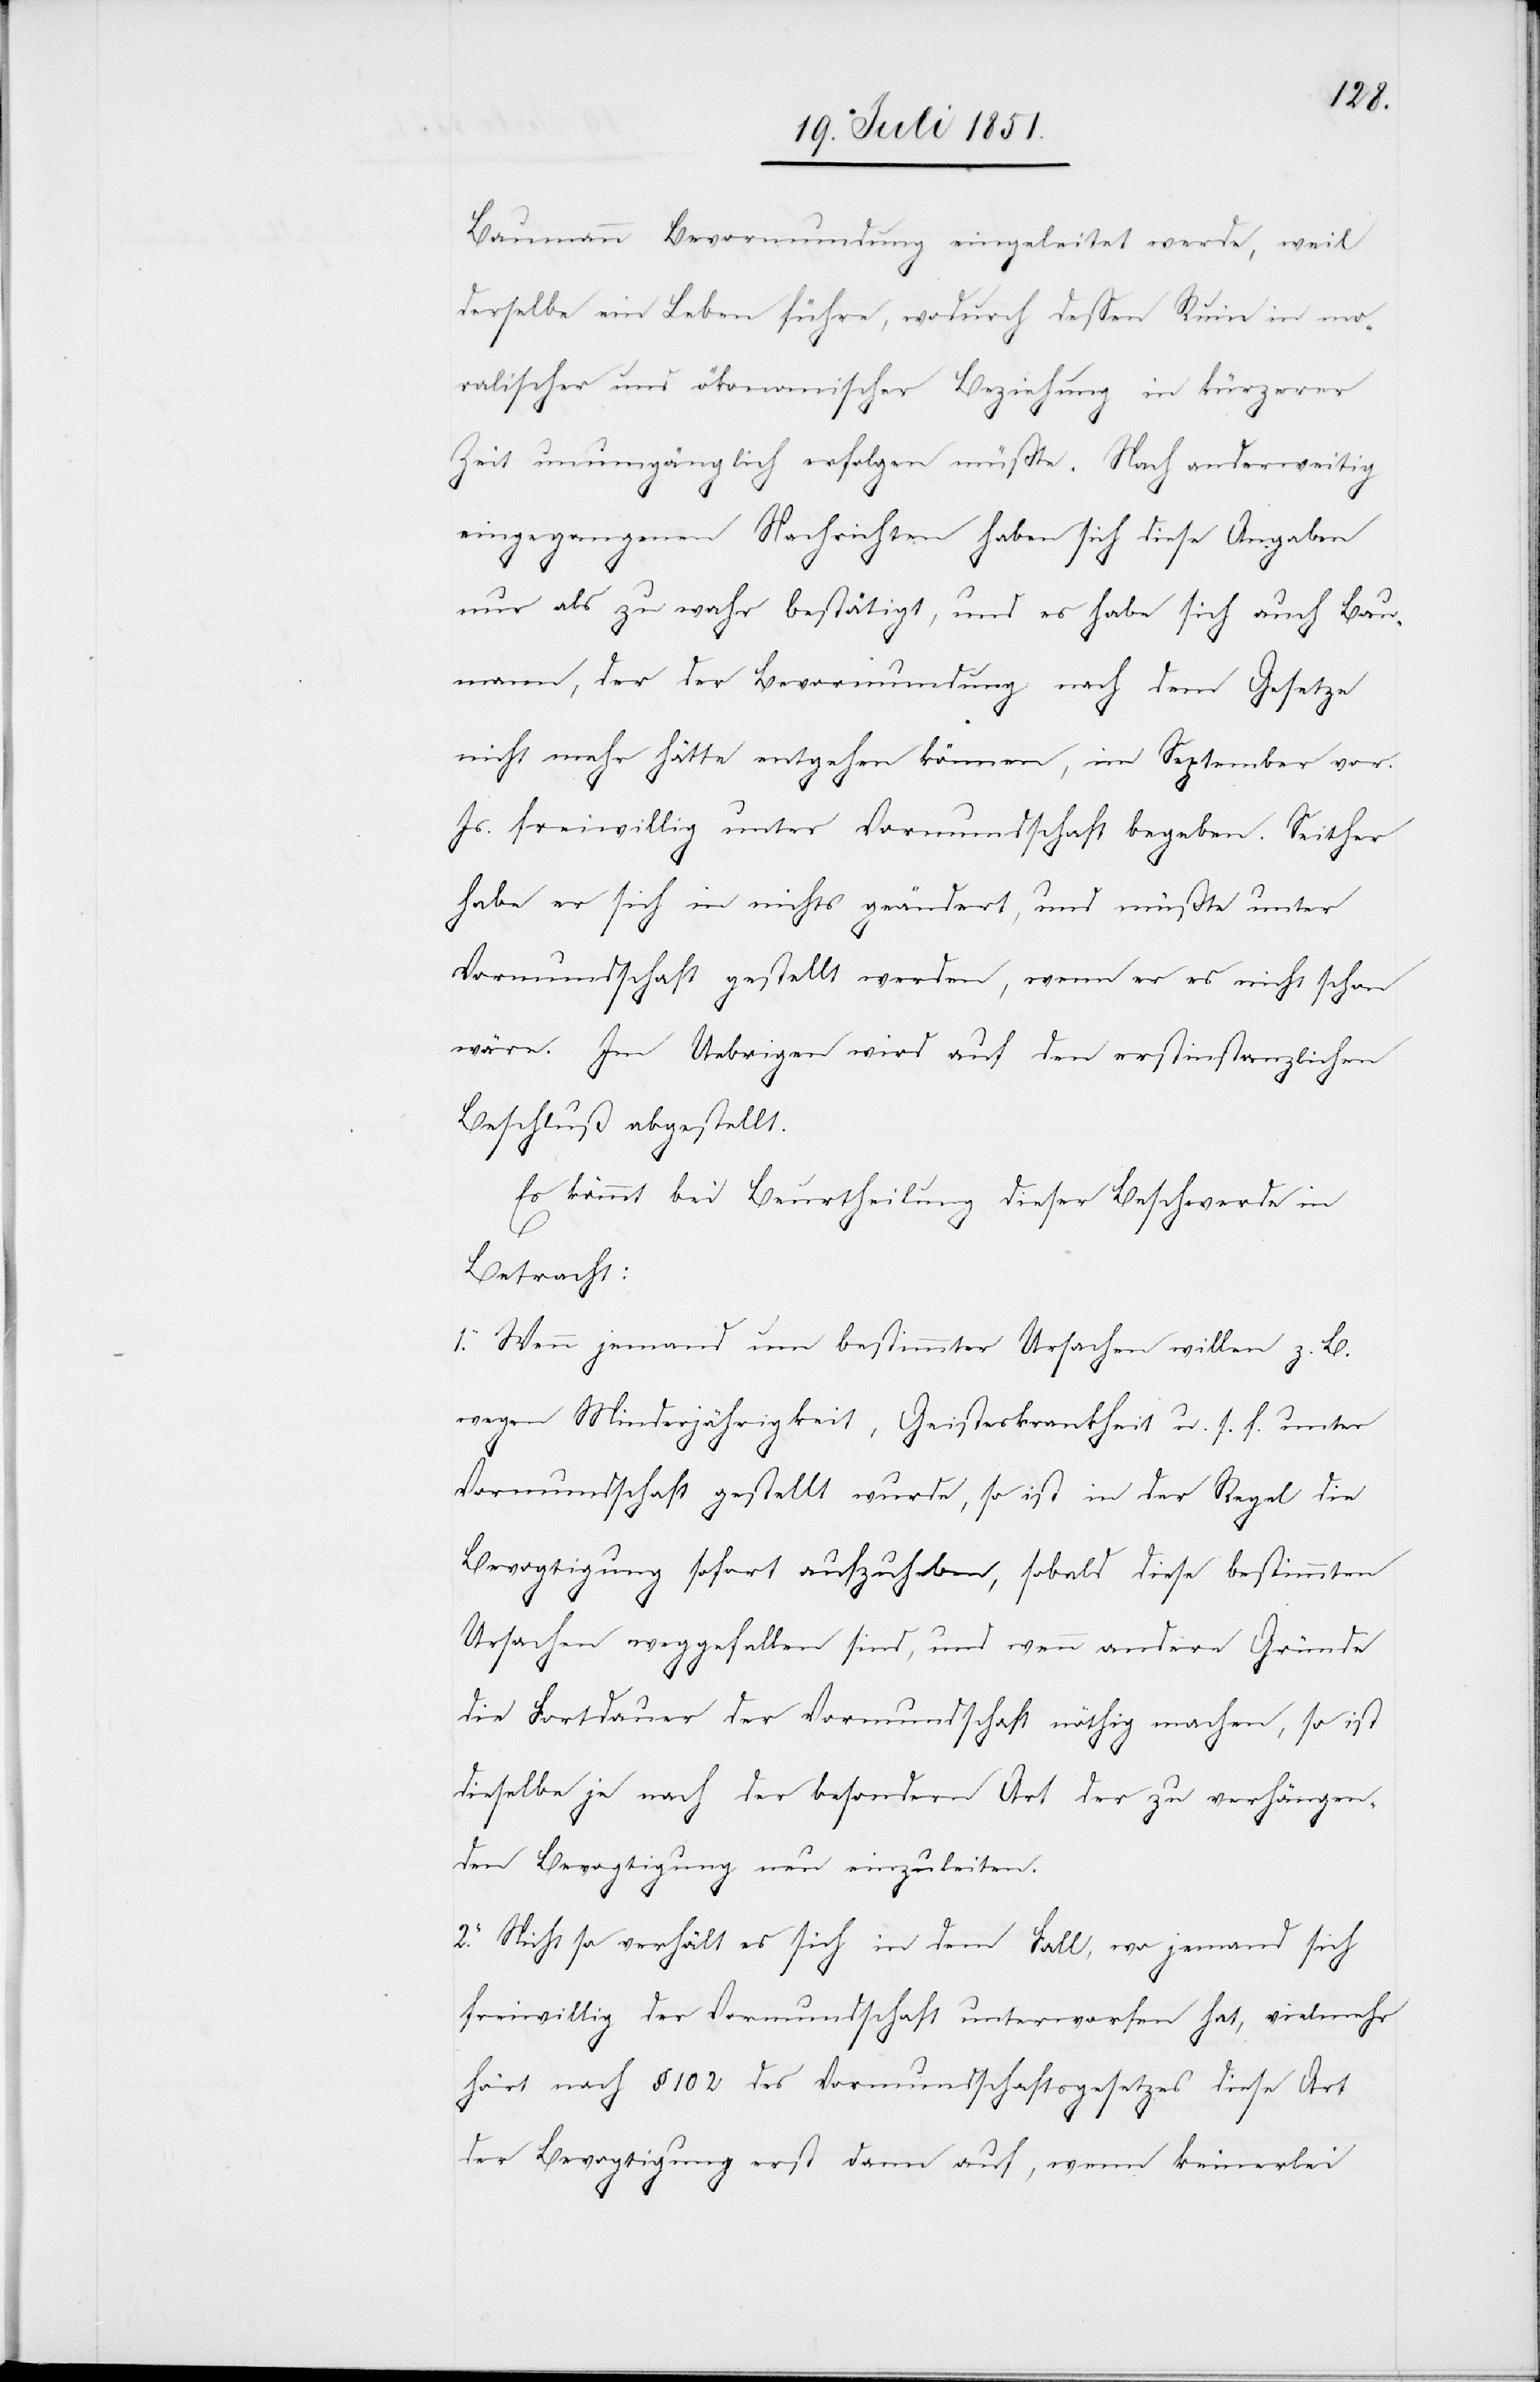
Baumann Bevormundung eingeleitet werde, weil
derselbe ein Leben führe, wodurch dessen Ruin in mor¬
alischer und ökonomischer Beziehung in kürzerer
Zeit unumgänglich erfolgen müßte. Nach anderweitig
eingegangenen Nachrichten haben sich diese Angaben
nur als zu wahr bestätigt, und es habe sich auch Bau¬
mann, der der Bevormundung nach dem Gesetze
nicht mehr hätte entgehen können, im September vor.
Js. freiwillig unter Vormundschaft begeben. Seither
habe er sich in nichts geändert, und müßte unter
Vormundschaft gestellt werden, wenn er es nicht schon
wäre. Im Uebrigen wird auf den erstinstanzlichen
Beschluß abgestellt.
Es kömmt bei Beurtheilung dieser Beschwerde in
Betracht:
1. Wenn jemand um bestimmter Ursachen willen z. B.
wegen Minderjährigkeit, Geisteskrankheit u. s. f. unter
Vormundschaft gestellt wurde, so ist in der Regel die
Bevogtigung sofort aufzuheben, sobald diese bestimmten
Ursachen weggefallen sind, und wenn andere Gründe
die Fortdauer der Vormundschaft nöthig machen, so ist
dieselbe je nach der besondern Art der zu verhängen¬
den Bevogtigung neu einzuleiten.
2. Nicht so verhält es sich in dem Fall, wo jemand sich
freiwillig der Vormundschaft unterworfen hat, vielmehr
hört nach § 102 des Vormundschaftsgesetzes diese Art
der Bevogtigung erst dann auf, wenn keinerlei